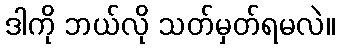
ဒါကို ဘယ်လို သတ်မှတ်ရမလဲ။